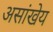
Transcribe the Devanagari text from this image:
असांखेय